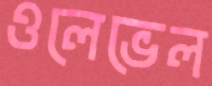
ওলেভেল